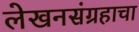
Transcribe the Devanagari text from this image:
लेखनसंग्रहाचा